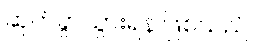
ဆုတ်ခွာသွားရန် ဖြစ်သည်။